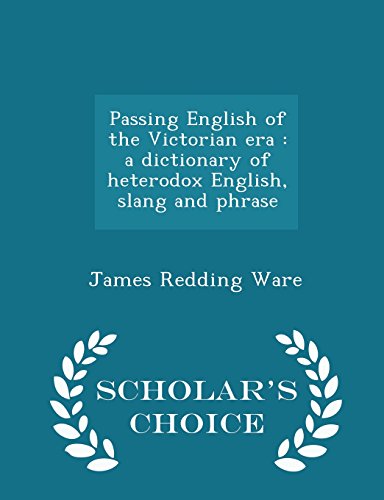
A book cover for Passing English of the Victorian era: a dictionary of heterodox English, slang and phrase  - Scholar's Choice Edition; James Redding Ware; Reference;